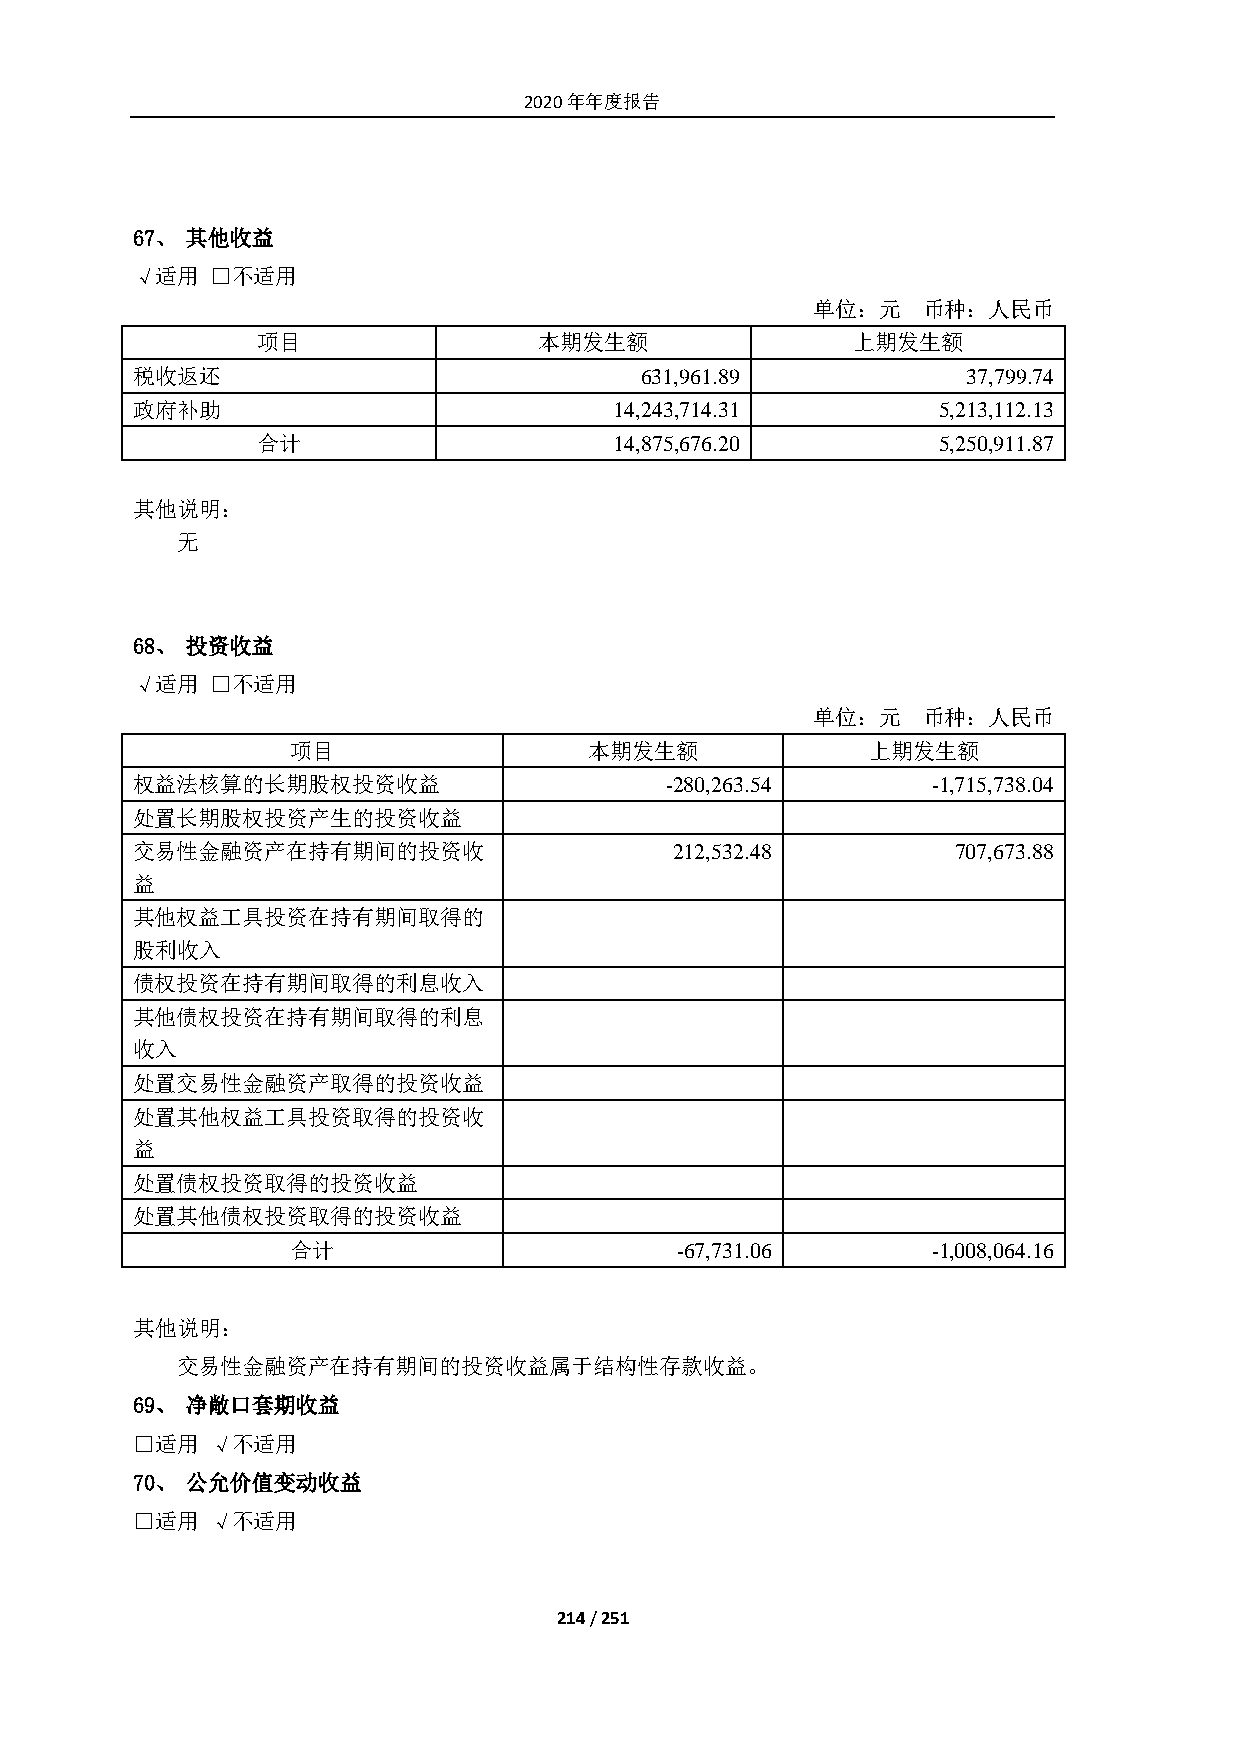
2020年年度报告
 67、 其他收益
 √适用  □不适用
 单位：元   币种：人民币
 项目                 本期发生额               上期发生额
 税收返还                             631,961.89            37,799.74
 政府补助                            14,243,714.31        5,213,112.13
 合计                      14,875,676.20        5,250,911.87
 其他说明：
 无
 68、 投资收益
 √适用  □不适用
 单位：元   币种：人民币
 项目                  本期发生额              上期发生额
 权益法核算的长期股权投资收益                     -280,263.54       -1,715,738.04
 处置长期股权投资产生的投资收益
 交易性金融资产在持有期间的投资收                    212,532.48        707,673.88
 益
 其他权益工具投资在持有期间取得的
 股利收入
 债权投资在持有期间取得的利息收入
 其他债权投资在持有期间取得的利息
 收入
 处置交易性金融资产取得的投资收益
 处置其他权益工具投资取得的投资收
 益
 处置债权投资取得的投资收益
 处置其他债权投资取得的投资收益
 合计                        -67,731.06       -1,008,064.16
 其他说明：
 交易性金融资产在持有期间的投资收益属于结构性存款收益。
 69、 净敞口套期收益
 □适用  √不适用
 70、 公允价值变动收益
 □适用  √不适用
 214 / 251